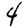
Digit: 4